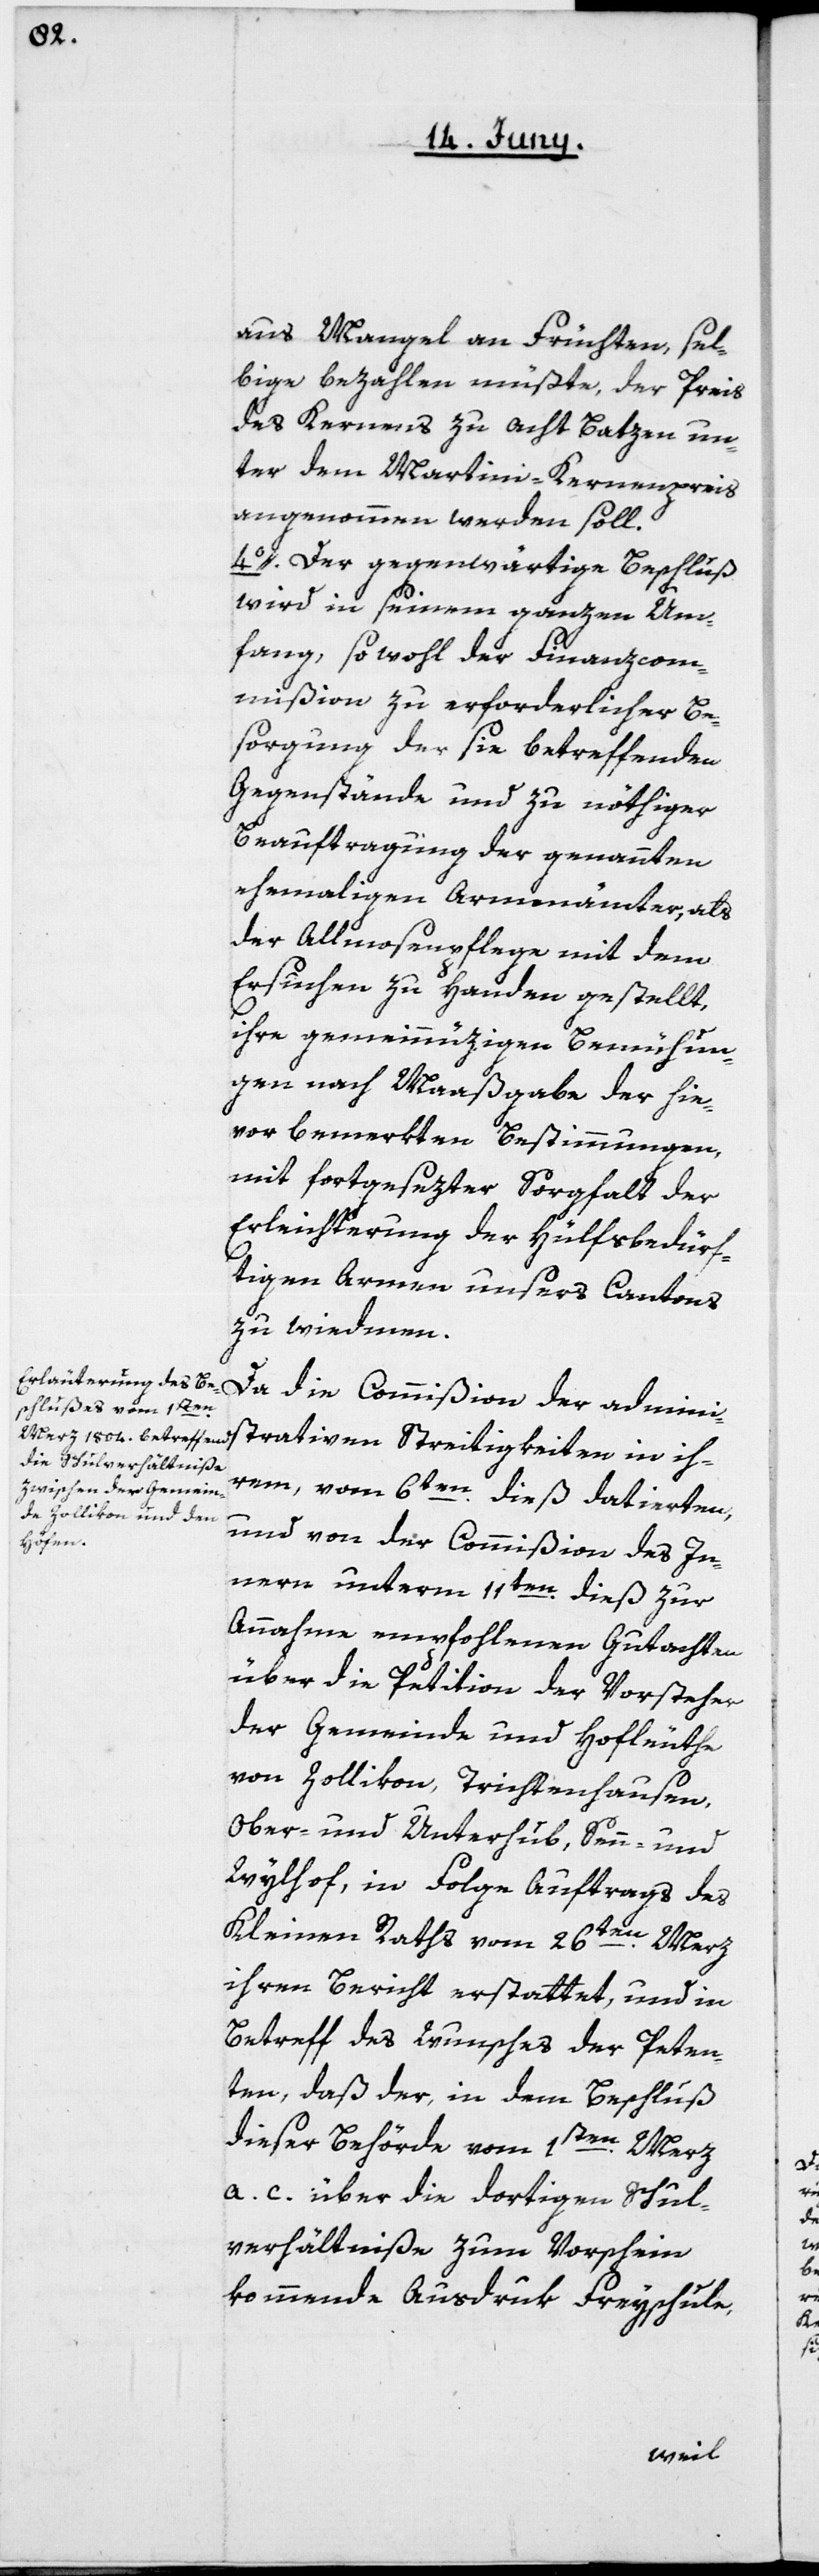
aus Mangel an Früchten, sel¬
bige bezahlen müßte, der Preis
des Kernen zu acht Batzen un¬
ter dem Martini-Kernenpreis
angenommen werden soll.
4o. Der gegenwärtige Beschluß
wird in seinem ganzen Um¬
fang, sowohl der Finanzcom¬
mißion zu erforderlicher Be¬
sorgung der sie betreffenden
Gegenstände und zu nöthiger
Beauftragung der genannten
ehemaligen Armenämter, als
der Allmosenpflege mit dem
Ersuchen zu Handen gestellt,
ihre gemeinnüzigen Bemühun¬
gen nach Maaßgabe der hie¬
vor bemerkten Bestimmungen,
mit fortgesezter Sorgfalt der
Erleichterung der hülfsbedürf¬
tigen Armen unsers Cantons
zu wiedmen.
Da die Commißion der adminis¬
ihrem, vom 6ten dieß datierten,
trativen
und von der Commißion des In¬
nern unterm 11ten dieß zur
Annahme empfohlenen Gutachten
über die Petition der Vorsteher
der Gemeinde und Hofleuthe
von Zollikon, Trichtenhausen,
Ober- und Unterhub, Senn- und
Wylhof, in Folge Auftrags des
Kleinen Raths vom 26ten Merz
ihren Bericht erstattet, und in
Betreff des Wunsches der Peten¬
ten, daß der, in dem Beschluß
dieser Behörde vom 1sten Merz
a. c. über die dortigen Schul¬
verhältniße zum Vorschein
kommende Ausdruk Freyschule,